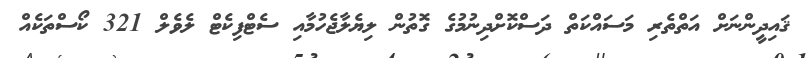
ޤައިދީންނަށް އަތްތެރި މަސައްކަތް ދަސްކޮށްދިނުމުގެ ގޮތުން ލިޔެލާޖެހުމާއި ސެޓްފިކެޓް ލެވެލް 321 ކޯސްތަކެއް